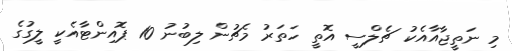
މި ނަތީޖާއާއެކު ޗެލްސީ އޮތީ ހަތަރު މެޗުން ލިބުނު 10 ޕޮއިންޓާއެކީ ލީގުގެ